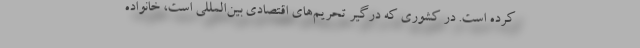
کرده است. در کشوری که درگیر تحریم‌های اقتصادی بین‌المللی است، خانواده